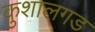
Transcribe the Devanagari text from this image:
कुशालगड